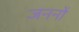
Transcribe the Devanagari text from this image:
जननों